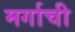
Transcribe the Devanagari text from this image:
मर्गाची